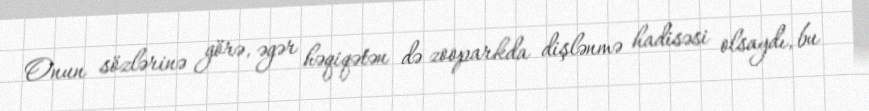
Onun sözlərinə görə, əgər həqiqətən də zooparkda dişlənmə hadisəsi olsaydı, bu